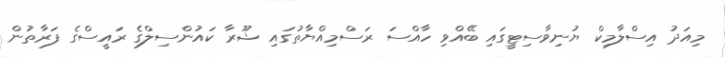
މިއަދު އިސްލާމިކް ޔުނިވާސިޓީގައި ބޭއްވި ހާއްސަ ރަސްމިއްޔާތުގައި ޝޫރާ ކައުންސިލްގެ ރައީސްގެ ފަރާތުން